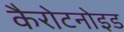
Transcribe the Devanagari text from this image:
कैरोटनोइड